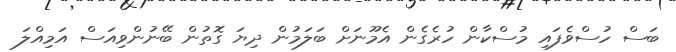
ބަސް ހުސްވެފައި މުސްކާން ހުރެގެން އެމޫނަށް ބަލަމުން ދިޔަ ގޮތުން ބޭނުންވިއަސް އަމިއްލަ